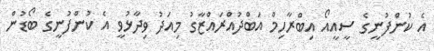
އެ ކުންފުނީގެ ސީއީއޯ އިބްރާހިމް އަބްދުއްރައްޒާގު މިއަދު ވިދާޅުވީ އެ ކުންފުނީގެ ބޯޑުން